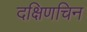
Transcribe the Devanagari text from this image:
दक्षिणचिन